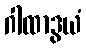
ဂါထာဒွယံ